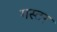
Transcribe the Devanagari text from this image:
गस्टर